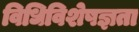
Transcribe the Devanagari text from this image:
विधिविशेषज्ञता